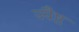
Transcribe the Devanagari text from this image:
ज्यैष्ठ